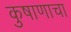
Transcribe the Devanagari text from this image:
कुषाणाचा